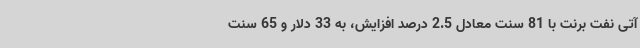
آتی نفت برنت با 81 سنت معادل 2.5 درصد افزایش، به 33 دلار و 65 سنت